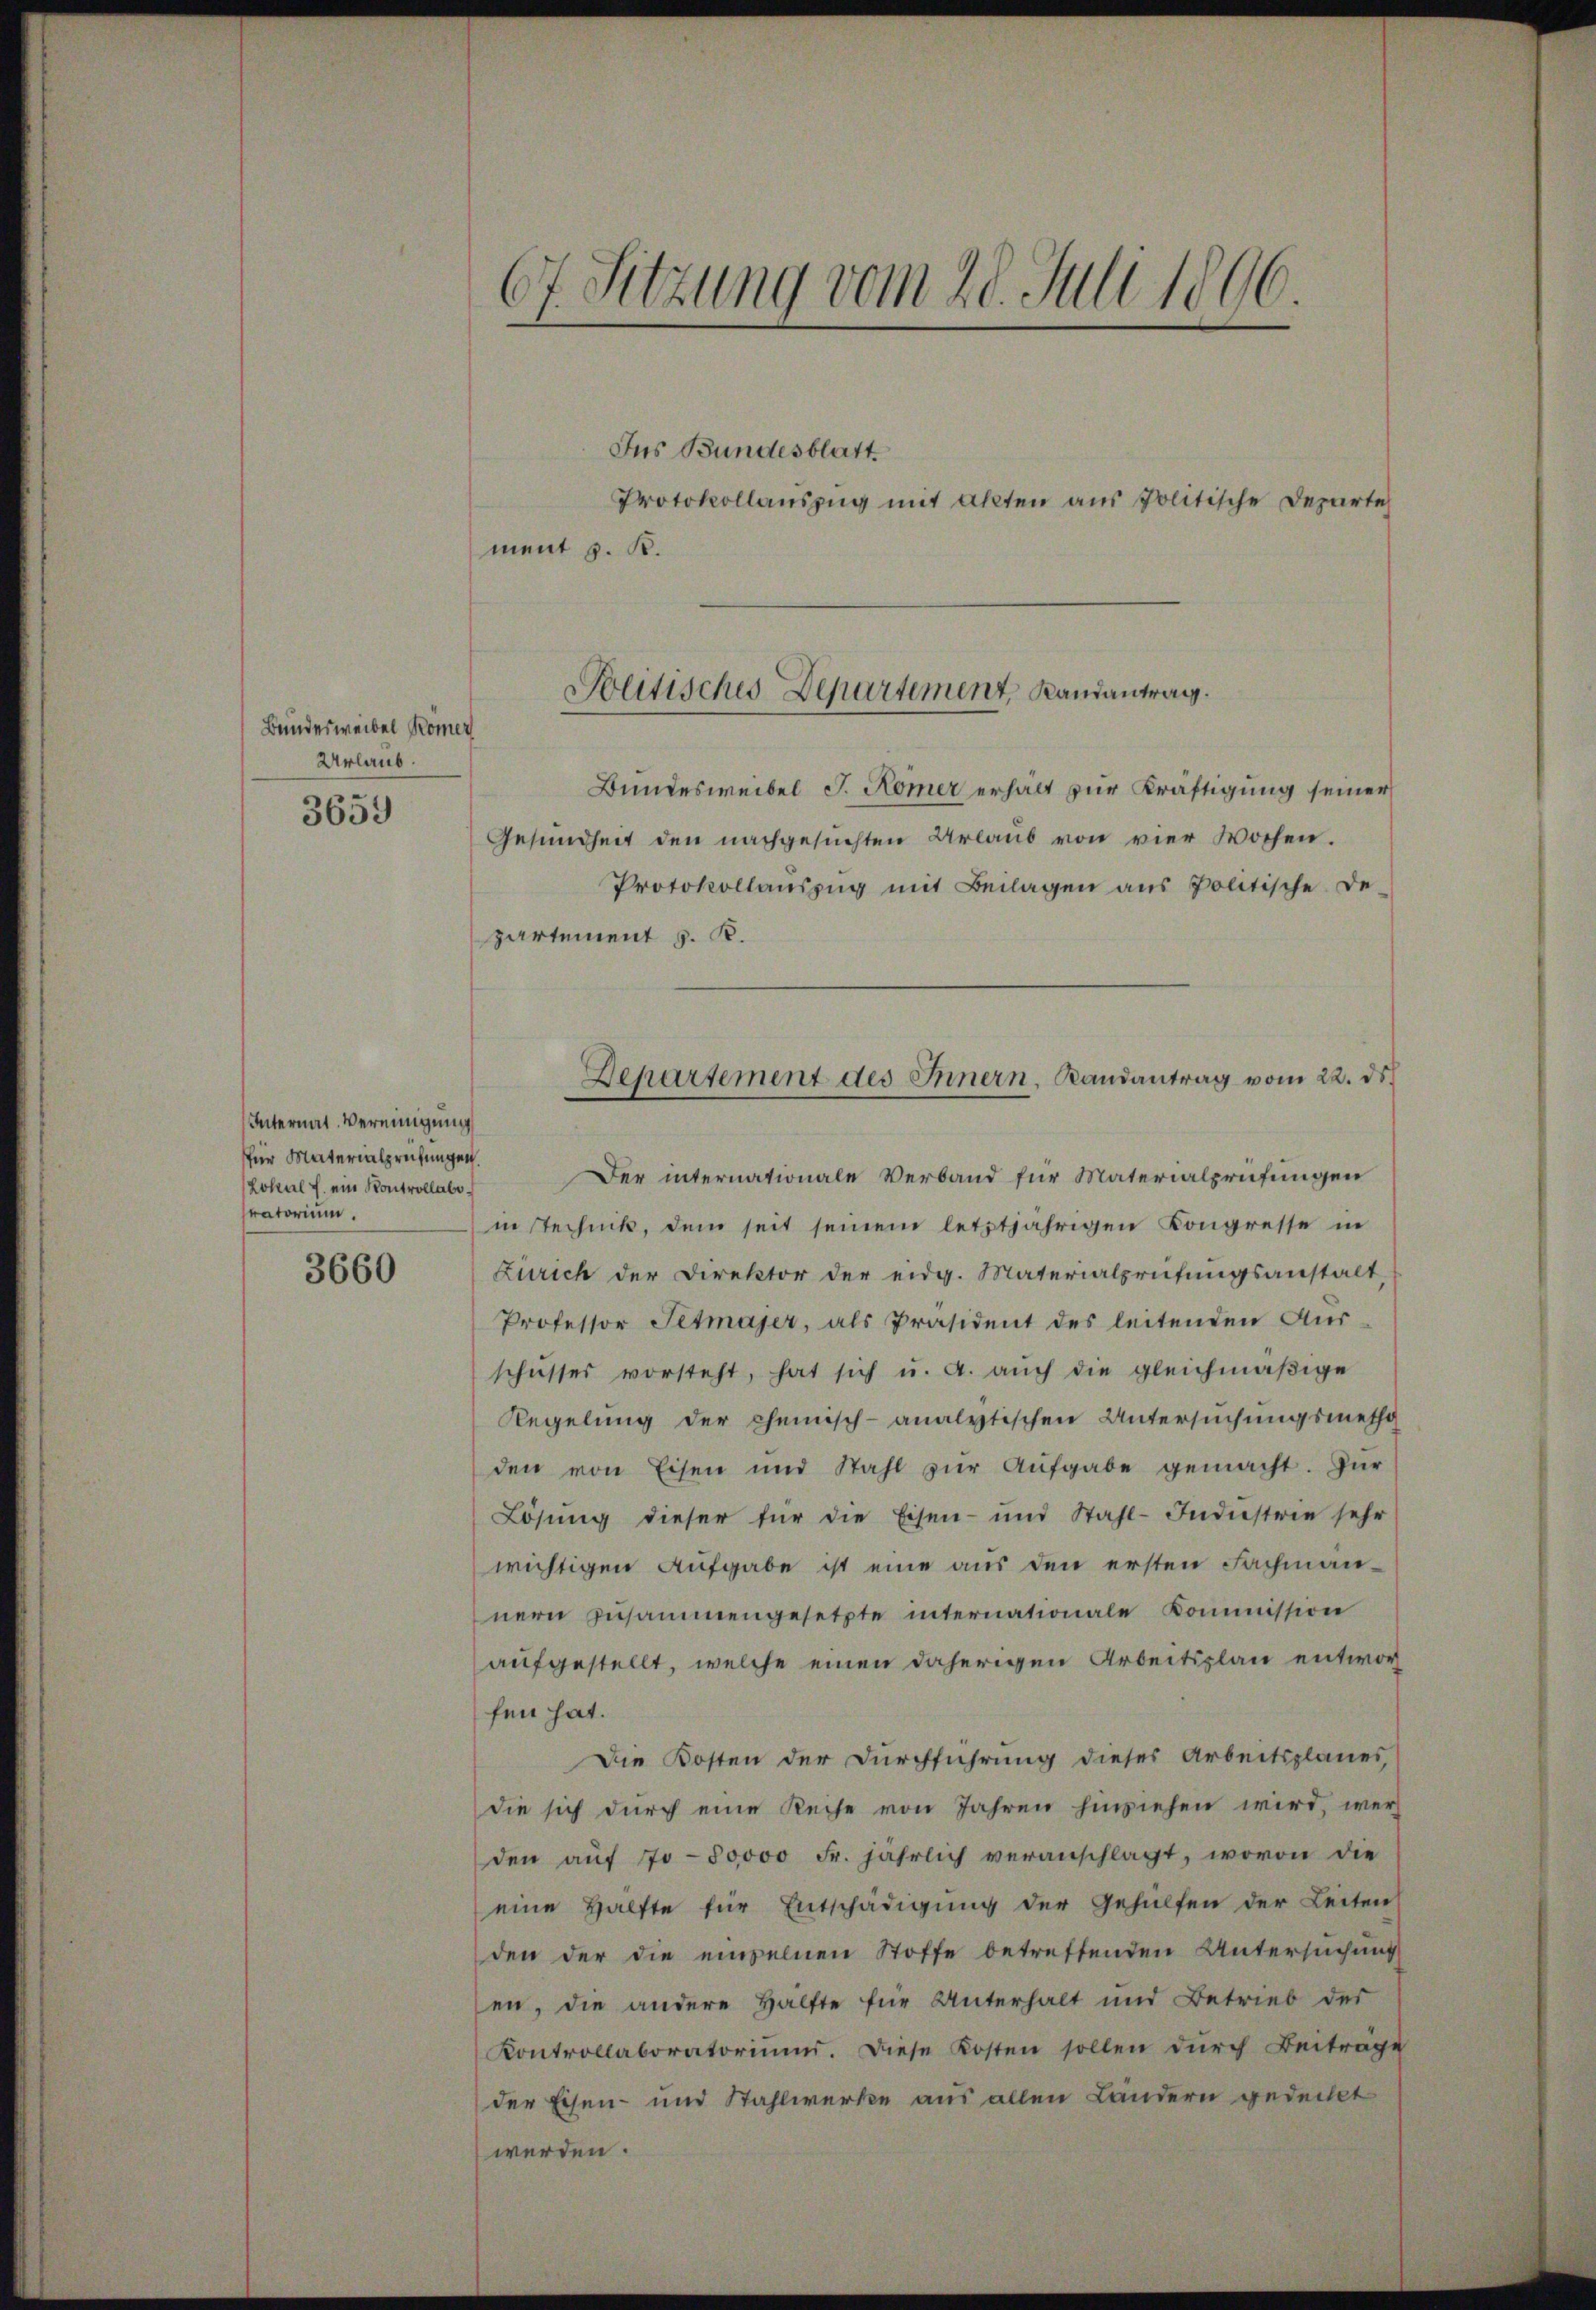
Bundesweibel Römer
Urlaub.
3659

Internat. Vereinigung
für Materialprüfungen.
Lokal h. ein Kontrollabe
ratorium.

3660

67. Sitzung vom 28. Juli 1806

Jus Bundesblatt.
Protokollauszug mit Akten aus Politische Departe

ment z. B.

Beitisches Departement, Randantrag.

Bundesweibel J. Komer erhält zur Kräftigung seiner
Gesundheit den nachgesuchten Urlaub von vier Wochen.
Protokollauszug mit Beilagen aus Politische De-
partement J. K.
Der internationale Verband für Materialprüfungen
in Technik, dem seit seinem letztjährigen Kongresse in
Zürich der Direktor der eidg. Materialprüfungsanstalt
Professor Titmajer, als Präsident des leitenden Aus-
schusses vorsteht, hat sich u. a. aŭch die gleichmäβige
Regelung der chemisch-analytischen Untersŭchŭngsmetha
den von Eisen und Stahl zŭr Aŭfgabe gemacht. Für
Lösung dieser für die Eisen- und Stahl-Industrie sehr
wichtigen Aufgabe ist eine aus den ersten Fachmannern zusammengesetzte internationale Kommission
aufgestellt, welche einen daherigen Arbeitsplan entwort
fen hat.
Die Kosten der Durchführung dieses Arbeitsplanes,
die sich durch eine Reise von Jahren hinziehen wird, werden aŭf 70-50000 Fr. jährlich veranschlagt, wovon die
eine Hälfte für Entschädigŭng der Gehülfen der Leiten
den der die einzelnen Stoffe betreffenden Untersuchung
en, die andere Hälfte für Unterhalt und Betrieb der
Kontrollaboratoriŭms. Diese Kosten sollen dŭrch Beiträge
der Eisen- und Stahlwerke aus allen Ländern gedeckt
werden.

Departement des Innern, Randantrag vom 22. ds.